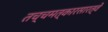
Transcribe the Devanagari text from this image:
तच्चमत्कारसारत्वे